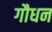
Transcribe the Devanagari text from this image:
गौधन